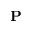
{ \bf P }